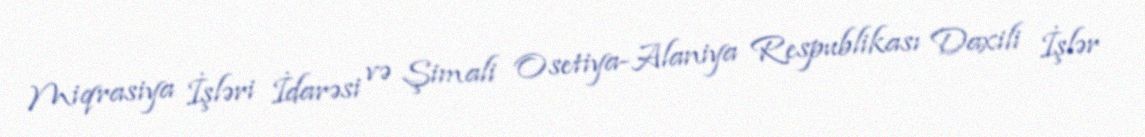
Miqrasiya İşləri İdarəsi və Şimali Osetiya-Alaniya Respublikası Daxili İşlər